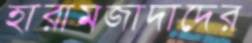
হারামজাদাদের